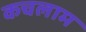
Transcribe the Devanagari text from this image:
कचलाम